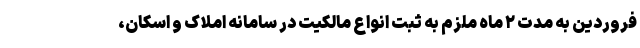
فروردین به مدت ۲ ماه ملزم به ثبت انواع مالکیت در سامانه املاک و اسکان،